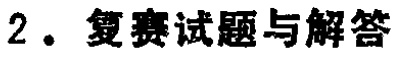
2. 复赛试题与解答